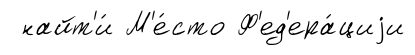
найт'и́ М'е́сто Ф'ед'ера́циjи